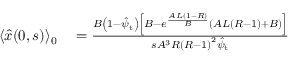
\begin{array} { r l } { \langle \hat { x } ( 0 , s ) \rangle _ { 0 } } & { { } = \frac { B \left( 1 - \hat { \psi } _ { \mathrm { t } } \right) \left[ B - e ^ { \frac { A L ( 1 - R ) } { B } } \left( A L \left( R - 1 \right) + B \right) \right] } { s A ^ { 3 } R \left( R - 1 \right) ^ { 2 } \hat { \psi } _ { \mathrm { t } } } } \end{array}